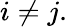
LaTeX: i\neq j.